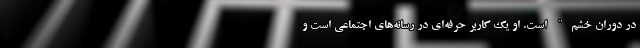
در دوران خشم" است. او یک کاربر حرفه‌ای در رسانه‌های اجتماعی است و